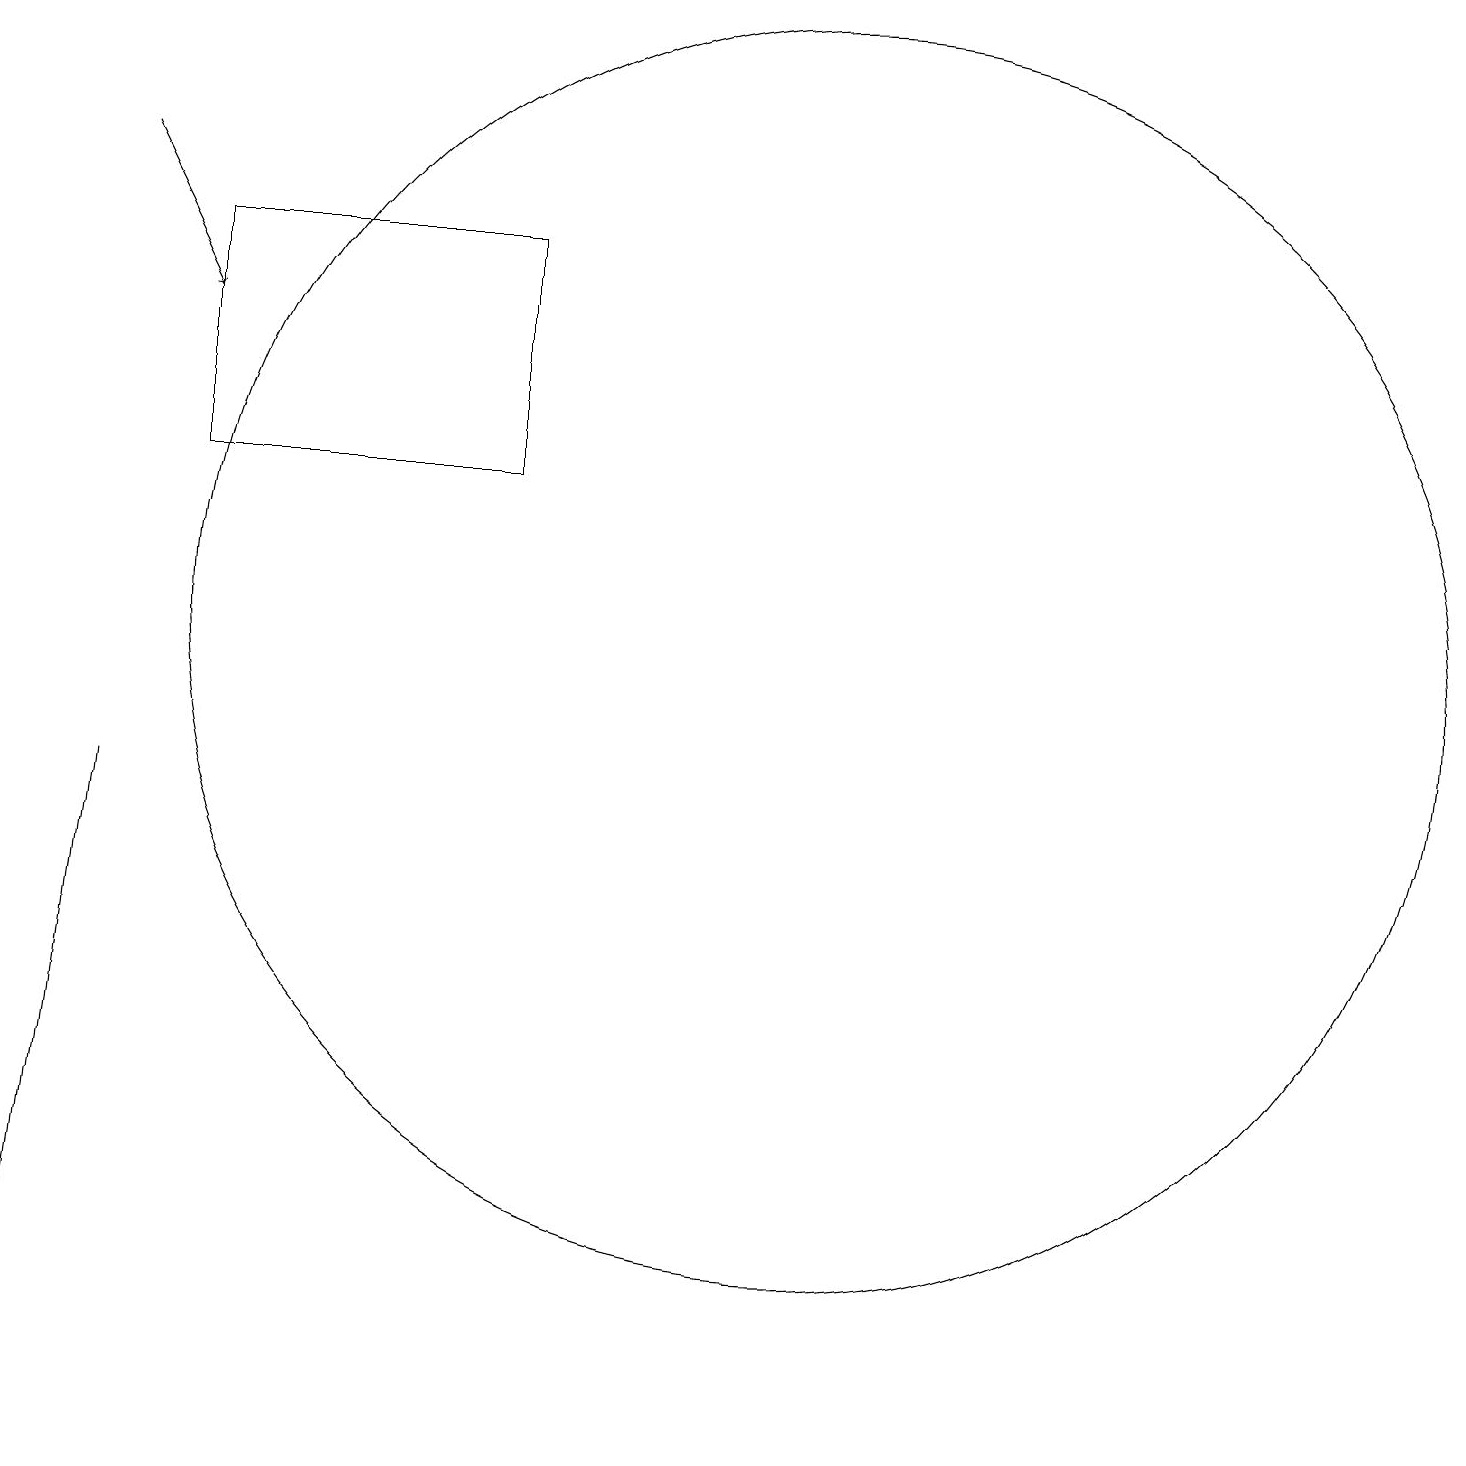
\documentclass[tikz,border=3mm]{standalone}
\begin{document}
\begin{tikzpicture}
\draw[->] (3,16) -- (4,14);
\draw (8,12) rectangle (4,15);
\draw (12,10) circle (8);
\draw (3,8) -- (2,0) -- (2,0) -- cycle;
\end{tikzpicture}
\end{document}